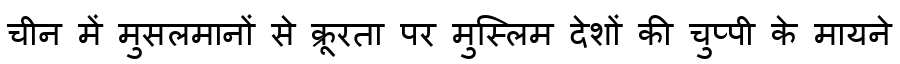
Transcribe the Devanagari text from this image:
चीन में मुसलमानों से क्रूरता पर मुस्लिम देशों की चुप्पी के मायने